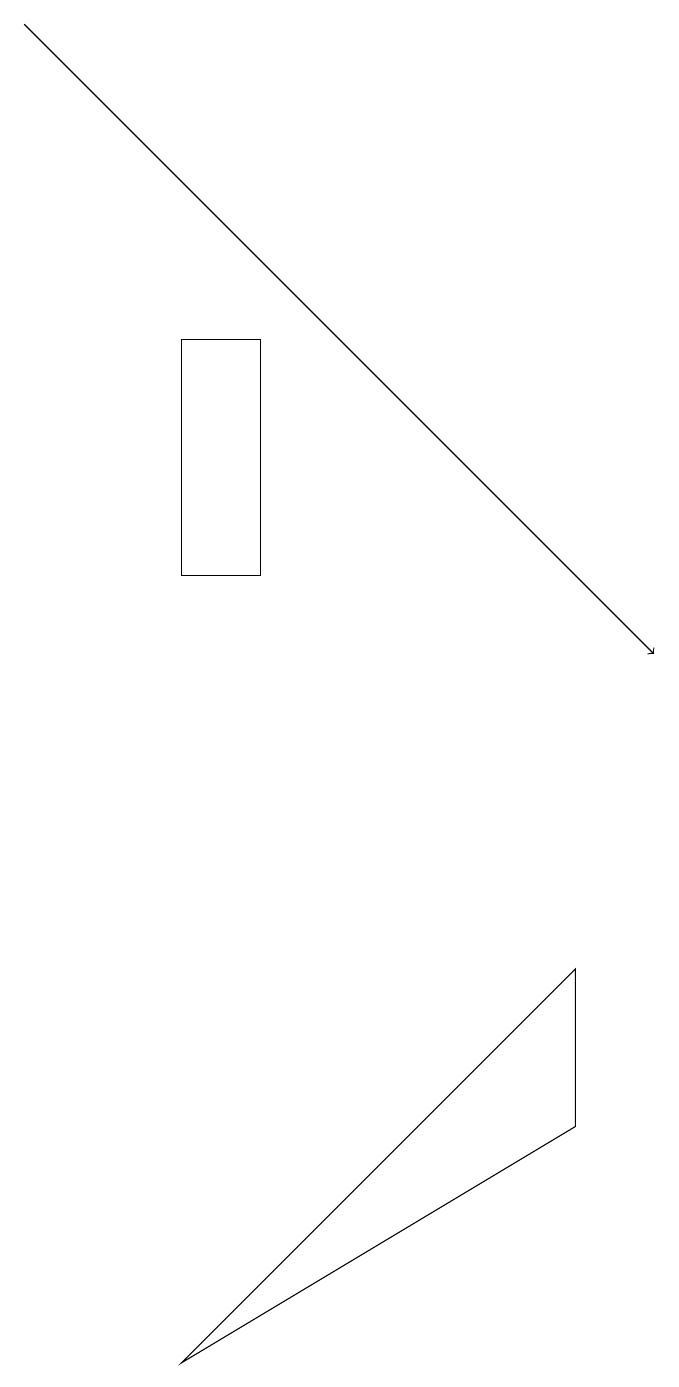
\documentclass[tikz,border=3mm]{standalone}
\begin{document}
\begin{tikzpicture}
\draw (2,15) rectangle (3,12);
\draw[->] (0,19) -- (8,11);
\draw (2,2) -- (7,7) -- (7,5) -- cycle;
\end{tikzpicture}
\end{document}